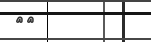
١٦